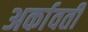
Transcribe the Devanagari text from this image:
अर्कावती